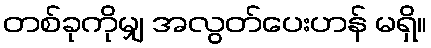
တစ်ခုကိုမျှ အလွတ်ပေးဟန် မရှိ။